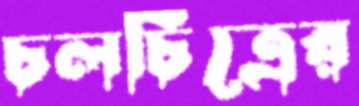
চলচিত্রের